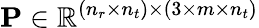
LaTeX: \mathbf{P}\in\mathbb{R}^{(n_{r}\times n_{t})\times(3\times m\times n_{t})}